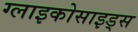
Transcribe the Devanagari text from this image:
ग्लाइकोसाइड्स